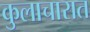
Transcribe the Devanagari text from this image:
कुलाचारात